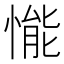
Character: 𢟒